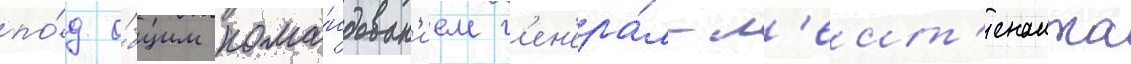
по́д о́бщим кома́ндован'ием г'ен'ера́л-л'еит'енанта